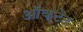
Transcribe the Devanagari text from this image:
ऑक्टेट